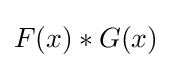
F(x)*G(x)